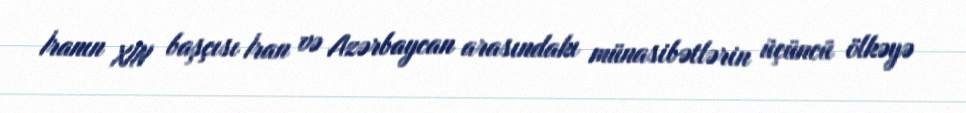
İranın XİN başçısı İran və Azərbaycan arasındakı münasibətlərin üçüncü ölkəyə